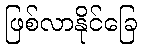
ဖြစ်လာနိုင်ခြေ